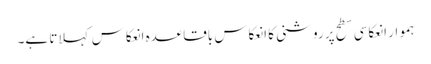
ہموار انعکاسی سطح پر روشنی کا انعکاس باقاعدہ انعکاس کہلاتا ہے۔